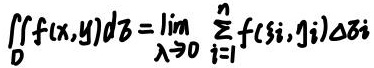
$\iint_{D} f(x, y) \mathrm{d} \sigma=\lim _{\lambda \rightarrow 0} \sum_{i=1}^{n} f\left(\xi_{i}, \eta_{i}\right) \Delta \sigma_{i}$